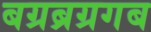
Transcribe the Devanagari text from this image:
बग्रब्रग्रगब